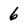
Character: 6